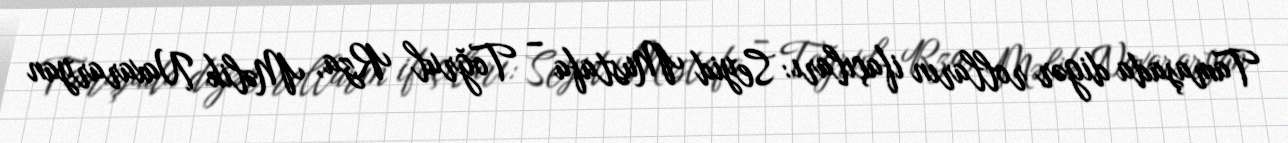
Tamaşada digər rolların ifaçıları: Seyid Mustafa – Toğrul Rza, Məlik Naxararyan